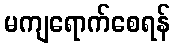
မကျရောက်စေရန်